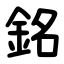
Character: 銘